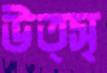
উত্সৃ